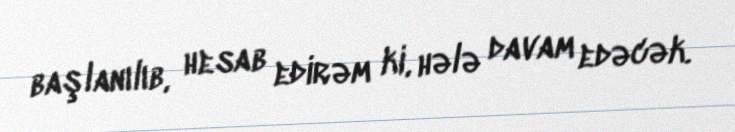
başlanılıb, hesab edirəm ki, hələ davam edəcək.